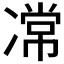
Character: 𭂝